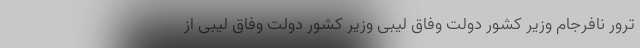
ترور نافرجام وزیر کشور دولت وفاق لیبی وزیر کشور دولت وفاق لیبی از